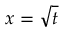
x = { \sqrt { t } }